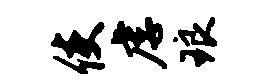
使虐琅